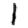
Digit: 1